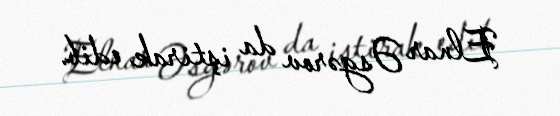
Elnar Əsgərov da iştirak edib.